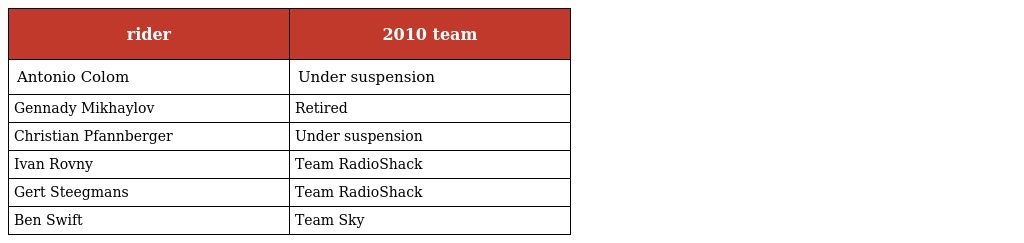
| rider | 2010 team |
 | --- | --- |
 | Antonio Colom | Under suspension |
 | Gennady Mikhaylov | Retired |
 | Christian Pfannberger | Under suspension |
 | Ivan Rovny | Team RadioShack |
 | Gert Steegmans | Team RadioShack |
 | Ben Swift | Team Sky |